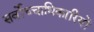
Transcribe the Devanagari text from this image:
सर्वोच्चाधिकारियों